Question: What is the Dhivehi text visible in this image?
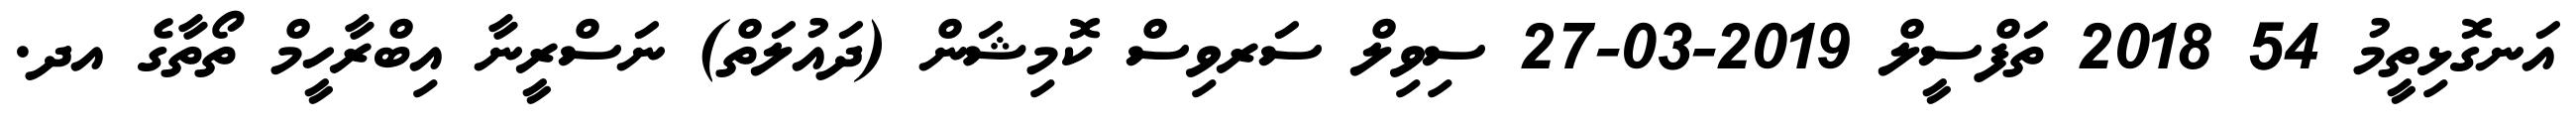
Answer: އަނގޮޅިތީމު 54 2018 ތަފްސީލް 2019-03-27 ސިވިލް ސަރވިސް ކޮމިޝަން (ދައުލަތް) ނަސްރީނާ އިބްރާހީމް ތޯތާގެ އދ.